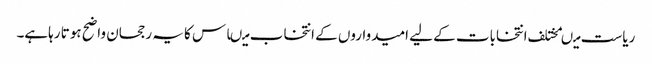
ریاست میںمختلف انتخابات کے لیے امیدواروں کے انتخاب میںاس کا یہ رجحان واضح ہوتا رہاہے۔